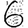
Digit: 6